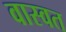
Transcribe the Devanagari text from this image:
वास्वत